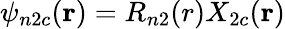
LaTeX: \psi_{n2c}(\mathbf{r})=R_{n2}(r)X_{2c}(\mathbf{r})